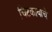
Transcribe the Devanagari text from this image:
चिटकायाचे